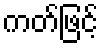
ကတ်ဖြင့်